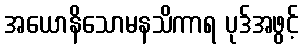
အယောနိသောမနသိကာရ ပုဒ်အဖွင့်